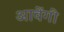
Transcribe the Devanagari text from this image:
आवेंगी